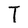
Character: T